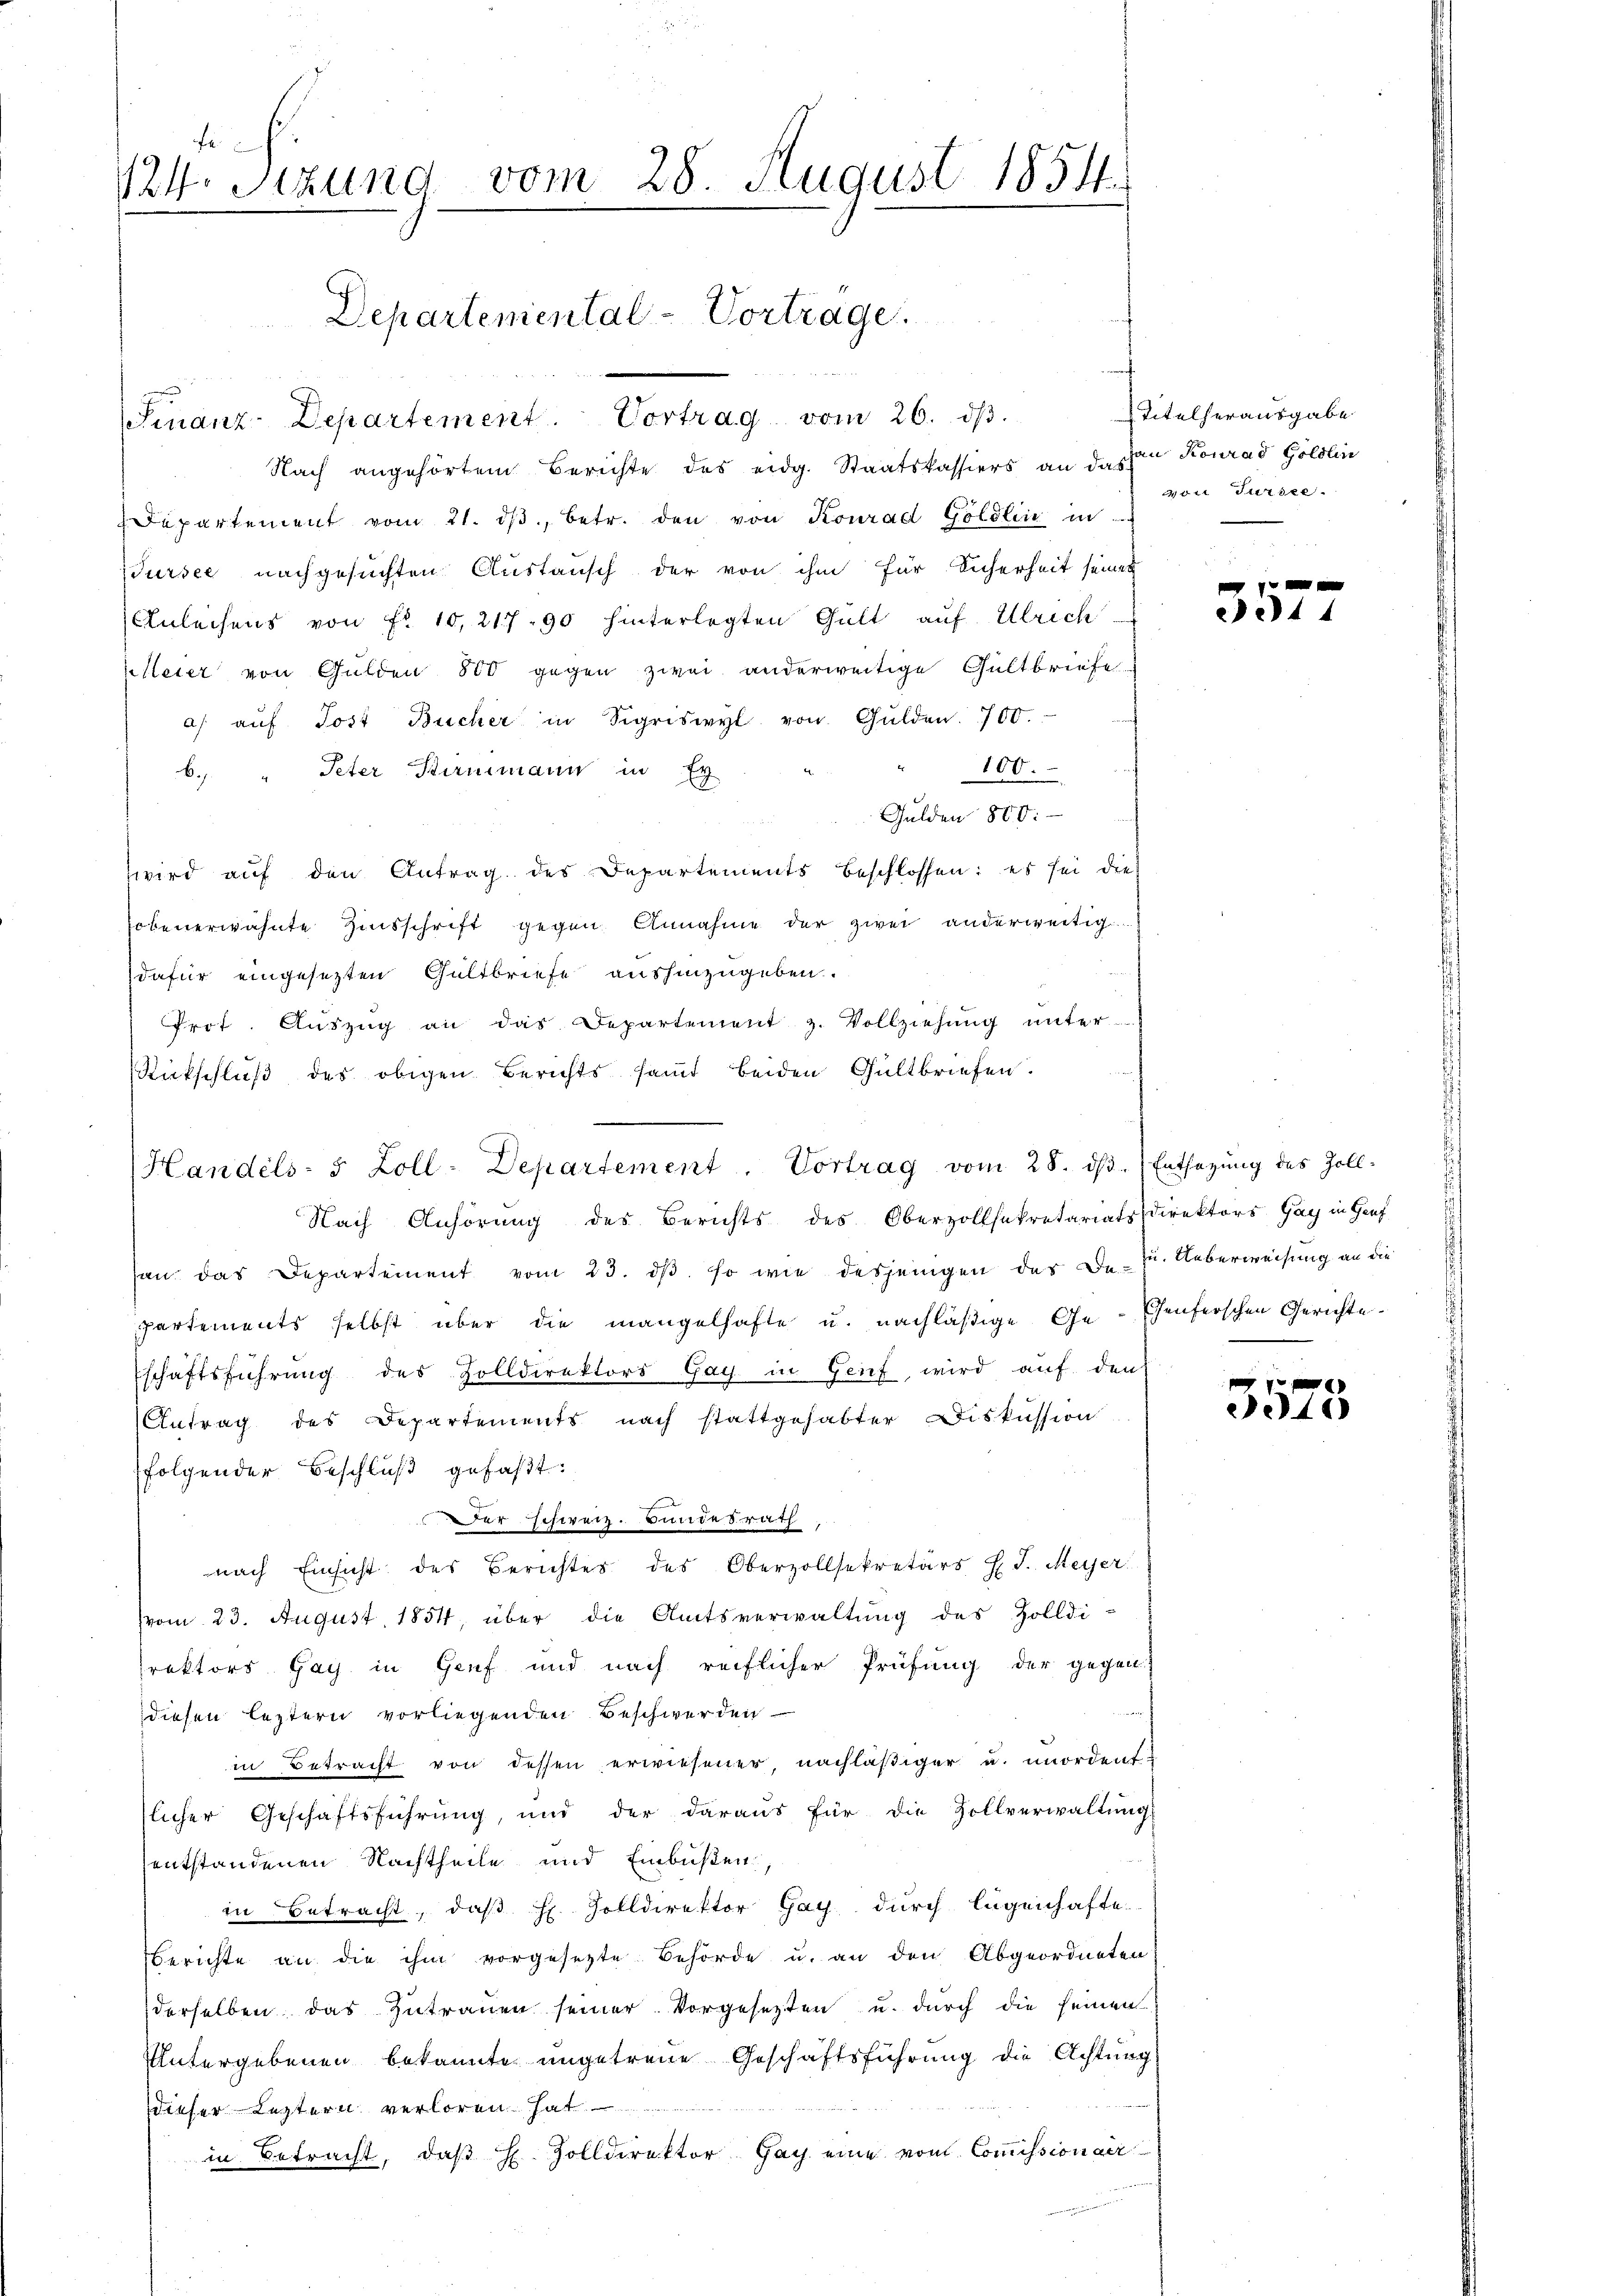
124. Sitzung vom 28. August 1854.

Nach angehörtem Berichte des eidg. Staatskassiers an das von Konrad Göldlin
Departement vom 21. dβ, betr. den von Konrad Göldlin in
ursee nachgesuchten Austausch der von ihm für Sicherheit seiner
Anleihens von Fr. 10,21790 hinterlegten Gült auf Ulrich
leier von Gulden 800 gegen zwei anderweitige Gültbriefe
a aŭf Jost Bücher in Sigriswyl von Gulden. 700.
100.
b. " Peter Stirnmann in Ey
Gulden 800.
wird auf den Antrag des Departements beschlossen: es sei die
hobenerwähnte Zinsschrift gegen Annahme der zwei anderweitig
dafür eingesezten Gültbriefe aushinzugeben.
Prot. Aŭszŭg an das Departement z. Vollziehŭng ŭnter
Rückschluß des obigen Berichts samt beiden Gültbriefen.
Handels- 5 Zoll-Departement. Vortrag vom 28. dβ. Entsagung des Zoll-
Nach Anhörung des Berichts des Oberzollsekretariatsdirektors Gay in Hauf
san das Departement vom 23. dβ. so wie desjenigen des Dez. Ueberweisung an die
partements selbst über die mangelhafte u. nachläßige Ge-Thenferschen Gerichte
schäftsführung des Zolldirektors Gay in Genf, wird auf den
Antrag des Departements nach stattgehabter Diskussion
folgender Beschluß gefaßt:
Der schweiz. Bundesrath,
nach Einsicht des Berichtes des Oberzollsekretärs H. J. Meyer
vom 23. August 1854, über die Amtsverwaltŭng des Zolldi-
rektors Gay in Genf und nach reiflicher Prüfung der gegen
diesen leztern vorliegenden Beschwerden
in Betracht von dessen erwiesener nachläßiger u. unordent-
slicher Geschäftsführung, und der daraus für die Zollverwaltung
entstandenen Nachtheile und Einbüßen,
in Betracht, daß H. Zolldirektor Gay durch legenhafte
Berichte an die ihm vorgesetzte Behörde u. an den Abgeordneten
derselben das zŭtraŭen seiner Vorgesetzten u. durch die seinen
Untergebenen bekannte ungetreue Geschäftsführung die Achtung
dieser Leztern verloren hat.
in Betracht, daß H. Zolldirektor Gay eine vom Commissionaer

Departemental-Vortrage.
Finanz-Departement. Vortrag vom 26. dβ.

Titelherausgabe
von Fürste.

44

f
3573